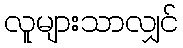
လူများသာလျှင်